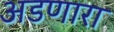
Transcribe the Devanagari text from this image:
अडणारा